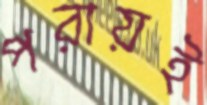
পরায়ই